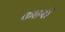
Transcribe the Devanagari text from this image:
कप्तनी